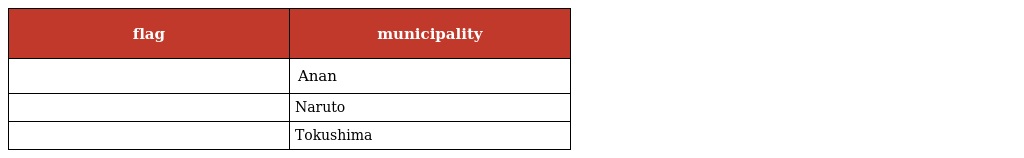
| flag | municipality |
 | --- | --- |
 |  | Anan |
 |  | Naruto |
 |  | Tokushima |